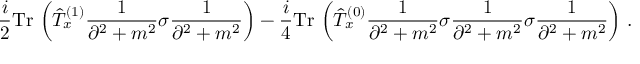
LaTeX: \frac { i } { 2 } \mathrm { T r } \, \left( \hat { T } _ { x } ^ { ( 1 ) } \frac { 1 } { \partial ^ { 2 } + m ^ { 2 } } \sigma \frac { 1 } { \partial ^ { 2 } + m ^ { 2 } } \right) - \frac { i } { 4 } \mathrm { T r } \, \left( \hat { T } _ { x } ^ { ( 0 ) } \frac { 1 } { \partial ^ { 2 } + m ^ { 2 } } \sigma \frac { 1 } { \partial ^ { 2 } + m ^ { 2 } } \sigma \frac { 1 } { \partial ^ { 2 } + m ^ { 2 } } \right) \, .